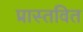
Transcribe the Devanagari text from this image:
प्रास्तवित